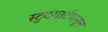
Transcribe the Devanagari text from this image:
स्टुटगार्टपासून